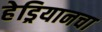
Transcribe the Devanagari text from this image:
हेड्रियानचा